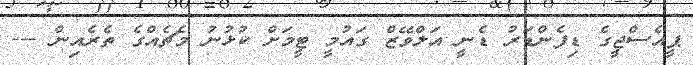
ޕީއެސްޖީގެ ޑިފެންޑަރު ޑެނީ އަލްވޭޒް ގައުމީ ޓީމަށް ކުޅުނު މެޗެއްގެ ތެރެއިން ---